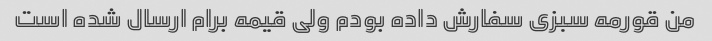
من قورمه سبزی سفارش داده بودم ولی قیمه برام ارسال شده است